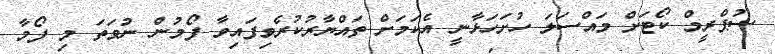
ސުޕްރީމް ކޯޓަށް މައްސަލަ ހުށަހަޅާނީ އެކަމަށް ތައްޔާރުކުރެވިފައިވާ ފޯމުން ނުވަތަ މި ފޯމާ